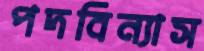
পদবিন্যাস